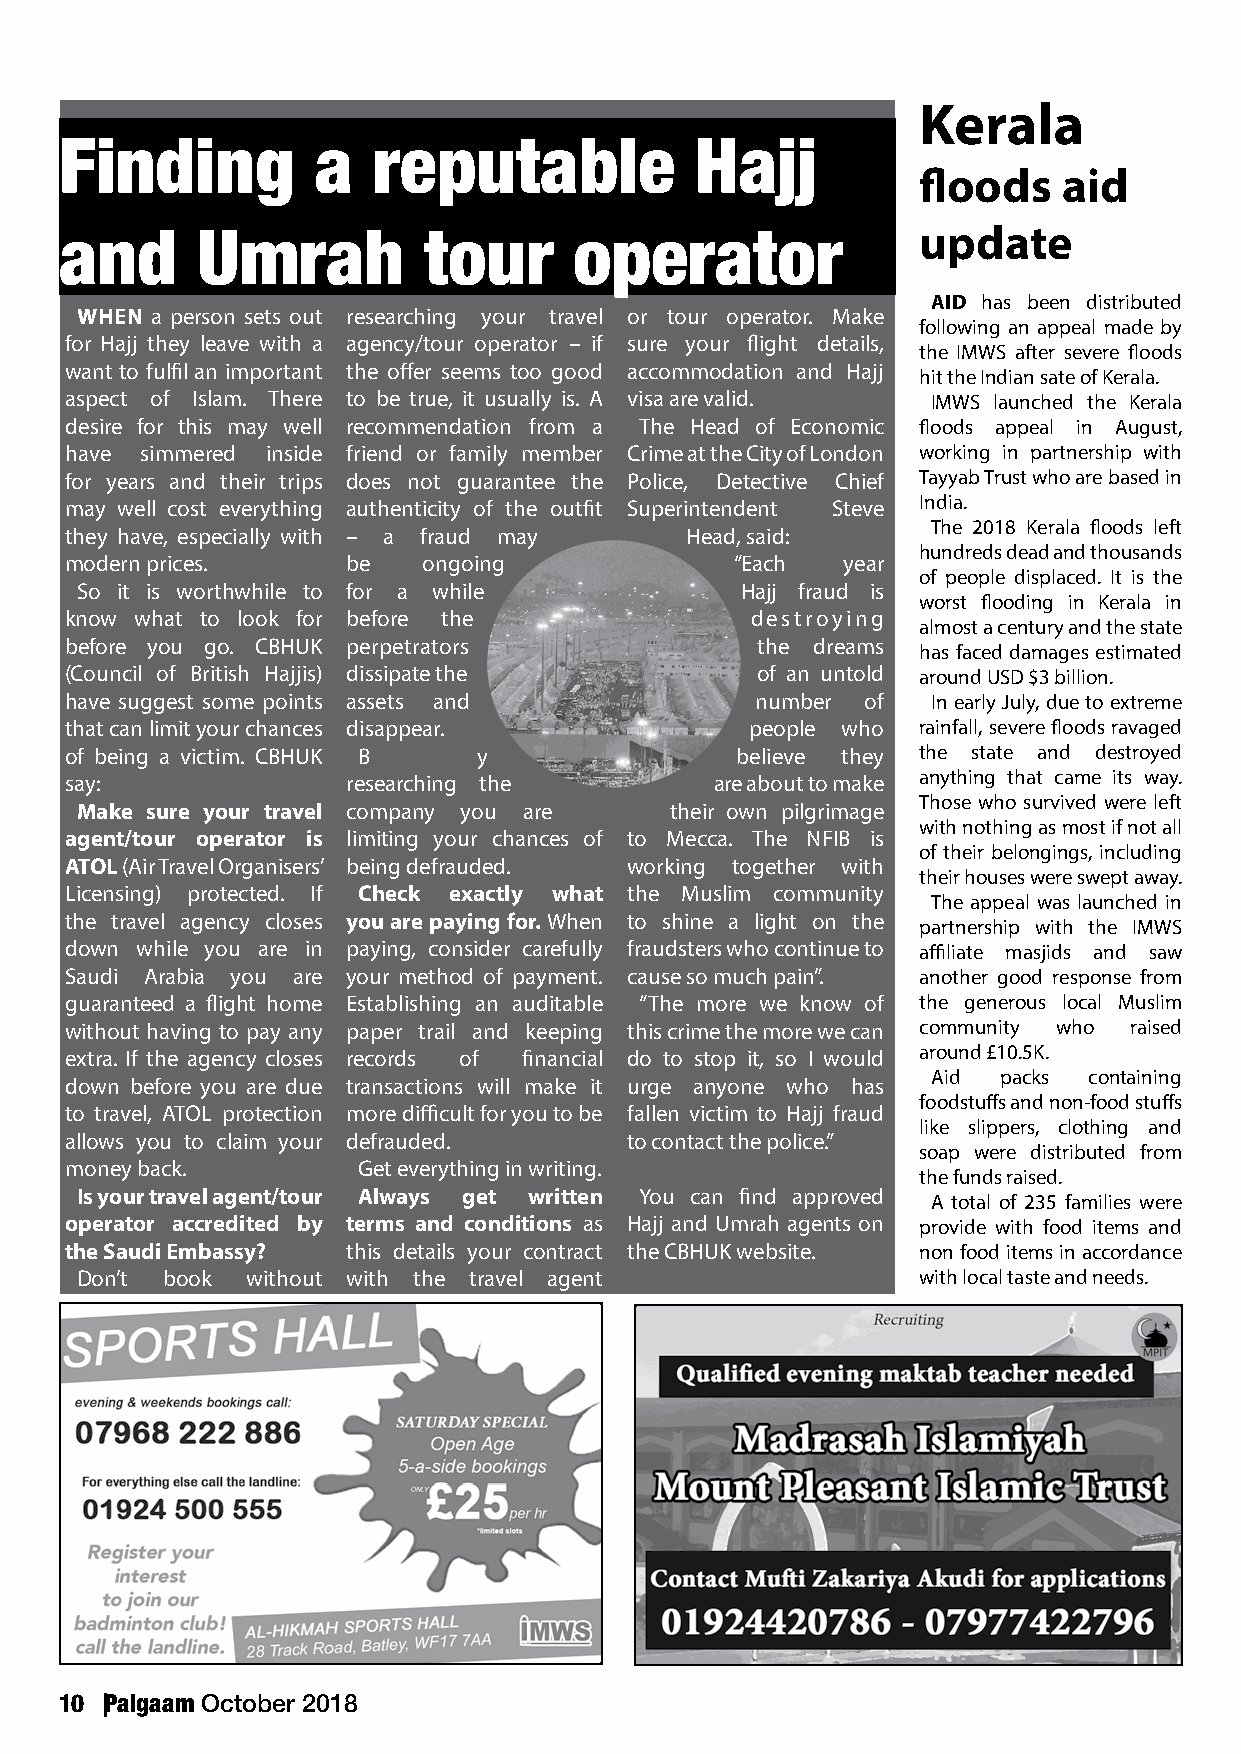
Kerala
 Finding          a   reputable            Hajj
 floods   aid
 update
 and      Umrah          tour      operator
 AID has been distributed
 WHEN a person sets out researching your travel or tour operator. Make
 following an appeal made by
 for Hajj they leave with a agency/tour operator – if sure your flight details,
 the IMWS after severe floods
 want to fulfil an important the offer seems too good accommodation and Hajj
 hit the Indian sate of Kerala.
 aspect of Islam. There to be true, it usually is. A visa are valid. IMWS launched the Kerala
 desire for this may well recommendation from a The Head of Economic floods appeal in August,
 have simmered inside friend or family member Crime at the City of London working in partnership with
 for years and their trips does not guarantee the Police, Detective Chief Tayyab Trust who are based in
 may well cost everything authenticity of the outfit Superintendent Steve India.
 The 2018 Kerala floods left
 they have, especially with – a fraud may Head, said:
 hundreds dead and thousands
 modern prices.     be   ongoing              “Each  year
 of people displaced. It is the
 So it is worthwhile to for a while          Hajj fraud is
 worst flooding in Kerala in
 know what to look for before the              destroying
 almost a century and the state
 before you go. CBHUK perpetrators             the dreams
 has faced damages estimated
 (Council of British Hajjis) dissipate the     of an untold around USD $3 billion.
 have suggest some points assets and           number of   In early July, due to extreme
 that can limit your chances disappear.        people who rainfall, severe floods ravaged
 of being a victim. CBHUK B  y                believe they the state and destroyed
 say:               researching the         are about to make anything that came its way.
 Those who survived were left
 Make sure your travel company you are  their own pilgrimage
 with nothing as most if not all
 agent/tour operator is limiting your chances of to Mecca. The NFIB is
 of their belongings, including
 ATOL (Air Travel Organisers’ being defrauded. working together with
 their houses were swept away.
 Licensing) protected. If Check exactly what the Muslim community
 The appeal was launched in
 the travel agency closes you are paying for. When to shine a light on the
 partnership with the IMWS
 down while you are in paying, consider carefully fraudsters who continue to affiliate masjids and saw
 Saudi Arabia you are your method of payment. cause so much pain”. another good response from
 guaranteed a flight home Establishing an auditable “The more we know of the generous local Muslim
 without having to pay any paper trail and keeping this crime the more we can community who raised
 extra. If the agency closes records of financial do to stop it, so I would around £10.5K.
 Aid packs containing
 down before you are due transactions will make it urge anyone who has
 foodstuffs and non-food stuffs
 to travel, ATOL protection more difficult for you to be fallen victim to Hajj fraud
 like slippers, clothing and
 allows you to claim your defrauded.   to contact the police.”
 soap were distributed from
 money back.         Get everything in writing.
 the funds raised.
 Is your travel agent/tour Always get written You can find approved
 A total of 235 families were
 operator accredited by terms and conditions as Hajj and Umrah agents on provide with food items and
 the Saudi Embassy? this details your contract the CBHUK website. non food items in accordance
 Don’t book without with the travel agent                with local taste and needs.
 10 Paigaam October 2018